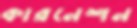
কারনেশন